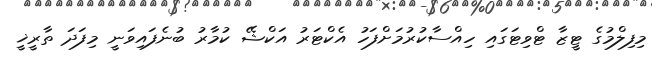
މިފިިލްމުގެ ޓީޒާ ޓްވިޓަގައި ހިއްސާކުރުމަށްފަހު އެކްޓަރު އަކްޝޭ ކުމާރު ބުނެފައިވަނީ މިފަދަ ތާރީޚީ